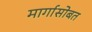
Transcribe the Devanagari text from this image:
मार्गासोबत